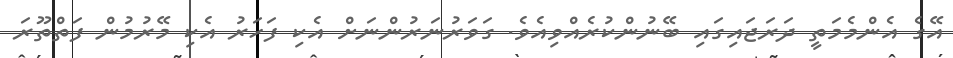
އޭގެ އެންމެމަތީ ދަރަޖައިގައި ބޭނުންކުރެއްވިއެވެ. ގަވަރުނަރުންނަށް އެކި ފަހަރު އެކި މޭރުމުން ފަތްތޫރަ